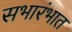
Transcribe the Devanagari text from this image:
सभारंभात